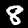
Digit: 8